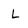
Character: L